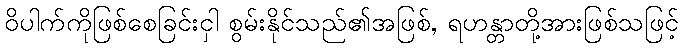
ဝိပါက်ကိုဖြစ်စေခြင်းငှါ စွမ်းနိုင်သည်၏အဖြစ်, ရဟန္တာတို့အားဖြစ်သဖြင့်